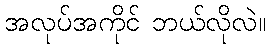
အလုပ်အကိုင် ဘယ်လိုလဲ။